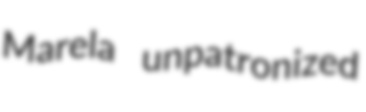
Marela unpatronized